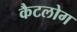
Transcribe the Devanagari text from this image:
कैटलोग